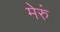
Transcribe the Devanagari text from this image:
मेरुं